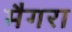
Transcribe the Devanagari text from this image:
मैगरा